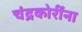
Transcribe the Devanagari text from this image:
चंद्रकोरींना